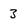
Character: 3